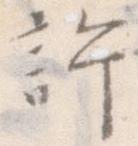
許